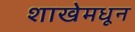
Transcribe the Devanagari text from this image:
शाखेमधून